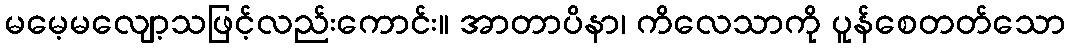
မမေ့မလျော့သဖြင့်လည်းကောင်း။ အာတာပိနာ၊ ကိလေသာကို ပူန်စေတတ်သော